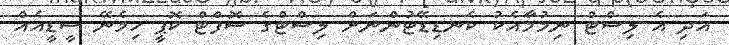
އަދި އެ ލިސްޓް ނިމުމާއެކު ކެނޑިޑޭޓުންނަށް ލިސްޓްގެ ސޮފްޓް ކޮޕީ ހިމެނޭ ސީޑީއެއް